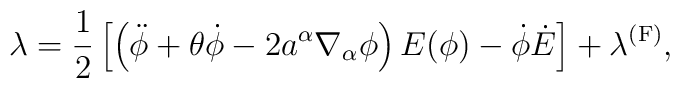
\lambda = \frac{1}{2}\left[\left(\ddot\phi+\theta\dot\phi-2a^\alpha          \nabla_\alpha\phi\right)E(\phi)-\dot\phi\dot{E}\right]+\lambda ^{\rm (F)},